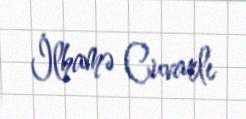
İlhamə Cuvarlı